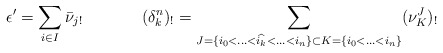
\begin{align*}\epsilon'=\sum_{i \in I} \bar{\nu}_{j!} & \ & (\delta_k^n)_!=\sum_{J=\{i_0<\hdots<\widehat{i_k}<\hdots<i_n\} \subset K=\{i_0<\hdots<i_n\}} (\nu_{K}^J)_!\end{align*}